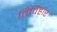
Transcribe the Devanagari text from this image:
तिविहार